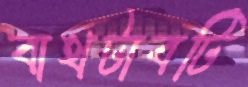
বাথটাবটি